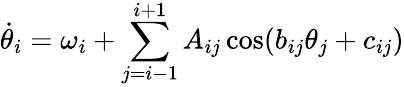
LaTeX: \dot{\theta}_{i}=\omega_{i}+\sum_{j=i-1}^{i+1}A_{ij}\cos(b_{ij}\theta_{j}+c_{ij})